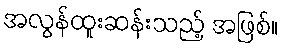
အလွန်ထူးဆန်းသည့် အဖြစ်။